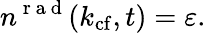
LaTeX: n^{\mathrm{~r~a~d~}}(k_{\mathrm{cf}},t)=\varepsilon.